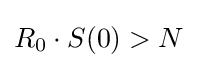
R_{0}\cdot S(0)>N